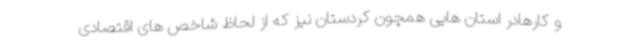
و کارهادر استان هایی همچون کردستان نیز که از لحاظ شاخص های اقتصادی